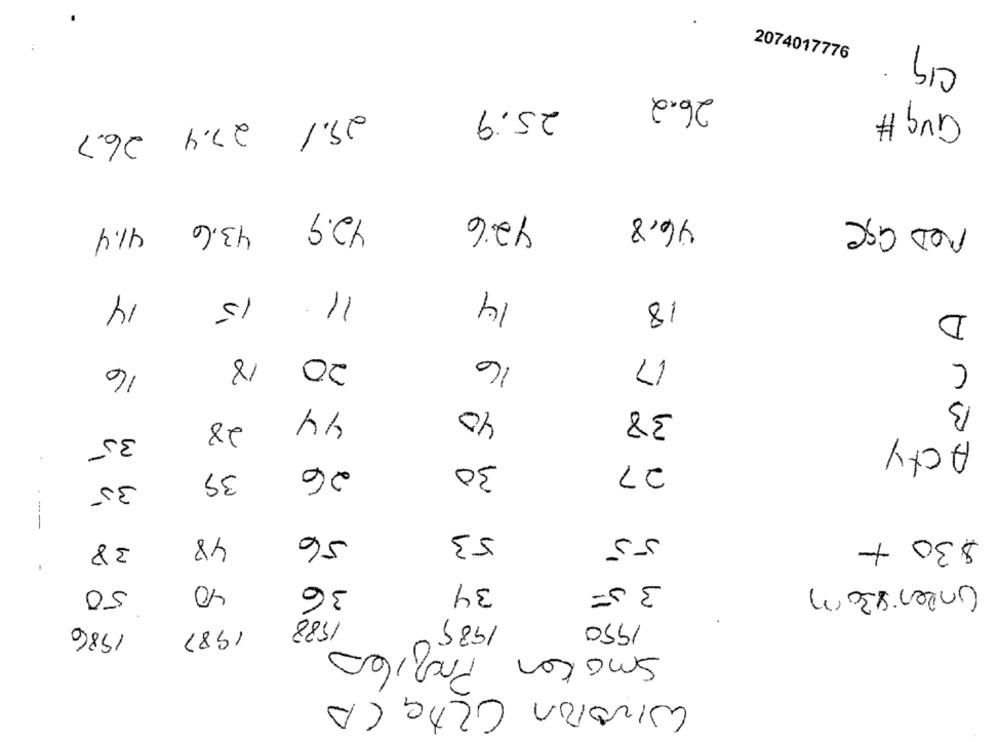
CIq.
2074017776
26.2
£25.9
29.1 27.4 26.7
426
46,8
ROD ase
42.9 43.6 41.4
14
14
15
11.
18
D
20
16
17
18
C
16
B
44
40
38
28
35
Acty
26
30
27
39
35
56
53
38
48
55
$30 +
-
40
36
34
35
Under 830 m
50
1988
1985
1986
1987
1950
Profiles
Smaker
Wivoron CilAG CA